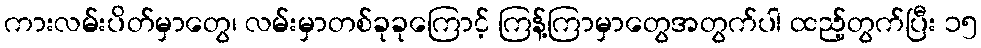
ကားလမ်းပိတ်မှာတွေ၊ လမ်းမှာတစ်ခုခုကြောင့် ကြန့်ကြာမှာတွေအတွက်ပါ ထည့်တွက်ပြီး ၁၅